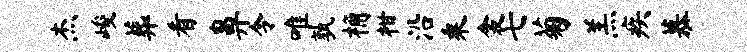
杰峻葬看鼻令唯孰桷柑沿乘衾七菊羔疾慕